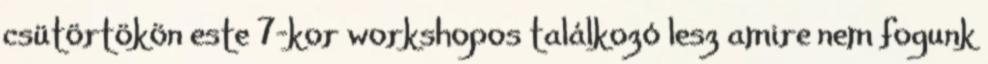
csütörtökön este 7-kor workshopos találkozó lesz amire nem fogunk